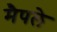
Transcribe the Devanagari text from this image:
मैपले